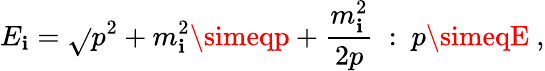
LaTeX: E_{\mathbf{i}}=\sqrt{}{{p^{2}+m_{\mathbf{i}}^{2}}}\simeqp+\frac{{m_{\mathbf{i}}^{2}}}{{2p}}~:~p\simeqE~,